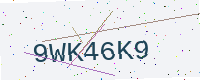
Text: 9WK46K9